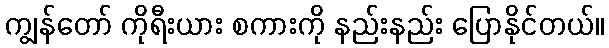
ကျွန်တော် ကိုရီးယား စကားကို နည်းနည်း ပြောနိုင်တယ်။